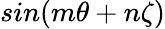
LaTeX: sin(m\theta+n\zeta)